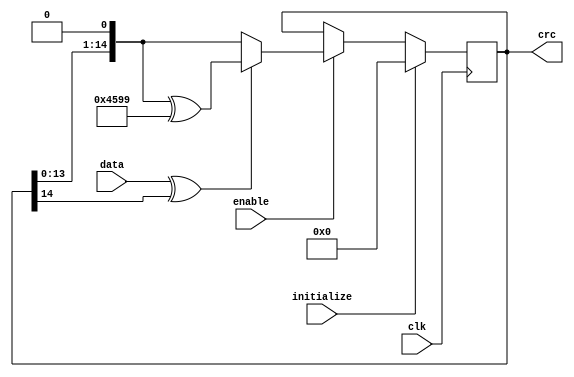
module can_crc (clk, data, enable, initialize, crc);


parameter Tp = 1;

input         clk;
input         data;
input         enable;
input         initialize;

output [14:0] crc;

reg    [14:0] crc;

wire          crc_next;
wire   [14:0] crc_tmp;


assign crc_next = data ^ crc[14];
assign crc_tmp = {crc[13:0], 1'b0};

always @ (posedge clk)
begin
  if(initialize)
    crc <= #Tp 0;
  else if (enable)
    begin
      if (crc_next)
        crc <= #Tp crc_tmp ^ 15'h4599;
      else
        crc <= #Tp crc_tmp;
    end    
end


endmodule